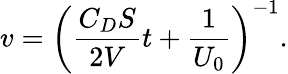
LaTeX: v=\left(\frac{C_{D}S}{2V}t+\frac{1}{U_{0}}\right)^{-1}.